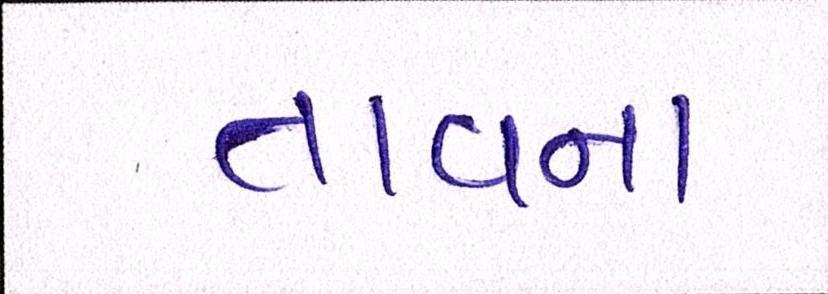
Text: તાવના